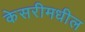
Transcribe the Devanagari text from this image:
केसरीमधील